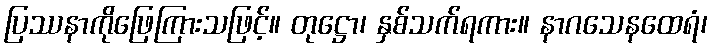
ပြဿနာကိုဖြေကြားသဖြင့်။ တုဋ္ဌော၊ နှစ်သက်ရကား။ နာဂသေနထေရံ၊